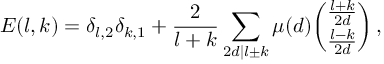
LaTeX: E ( l , k ) = \delta _ { l , 2 } \delta _ { k , 1 } + \frac { 2 } { l + k } \sum _ { 2 d | l \pm k } \mu ( d ) { \binom { \frac { l + k } { 2 d } } { \frac { l - k } { 2 d } } } \, ,